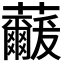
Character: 𮓓